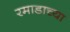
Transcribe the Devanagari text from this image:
रमाडाच्या